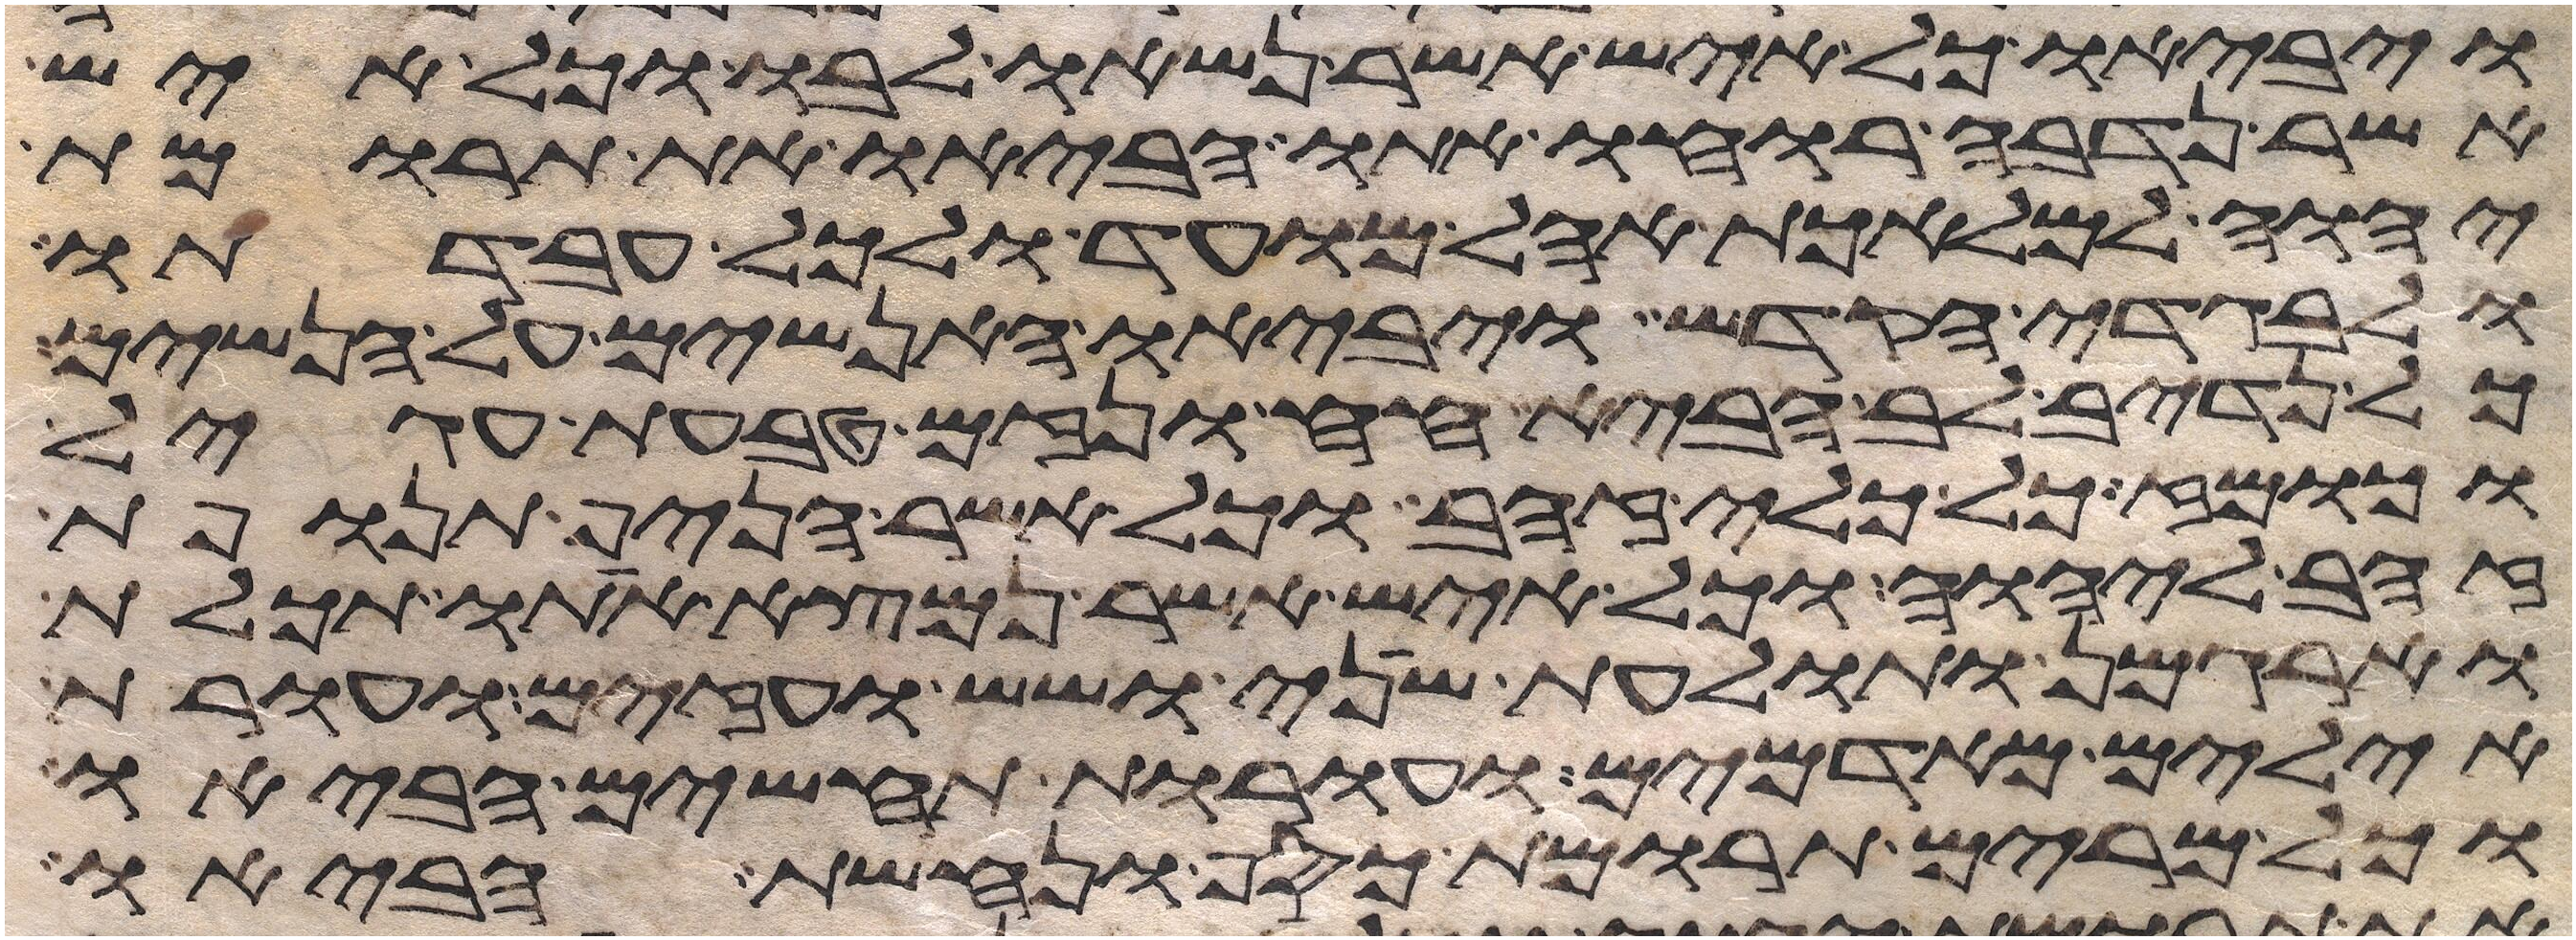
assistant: ויביאו כל איש אשר נשאו לבו וכל איש
אשר נדבה רוחו אתו הביאו את תרומת
יהוה למלאכת אהל מועד ולכל עבדתו
ולבגדי הקדש ויביאו האנשים על הנשים
כל נדיב לב הביא חח ונזם טבעת עגיל
וכומז כל כלי זהב וכל אשר הניף תנופת
זהב ליהוה וכל איש אשר נמצא אתו תכלת
וארגמן ותולעת שני ושש ועזים ועורת
אילים מאדמים ועורת תחשים הביאו
וכל מרים תרומת כסף ונחשת הביאו